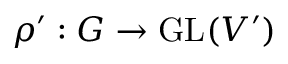
\rho ^ { \prime } : G \to { \mathrm { G L } } ( V ^ { \prime } )